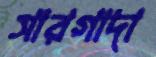
সারগাদা